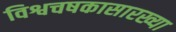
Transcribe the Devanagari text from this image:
विश्वचषकासारख्या